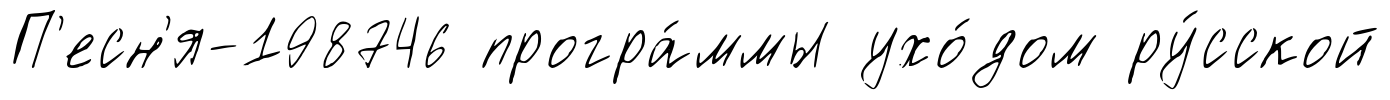
П'есн'я-198746 програ́ммы ухо́дом ру́сской